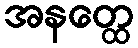
အနတ္ထေ